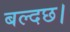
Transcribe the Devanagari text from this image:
बल्दछ।